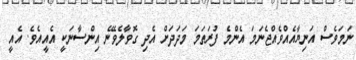
ނަމަވެސް އަނިޔާއެއްވެއްޖެނަމަ އެންމެ ފުރަތަމަ މަދަދަށް އެދި ގޮވާލެވޭނެ އިންސާނަކީ އެއީއެވެ. އެއީ